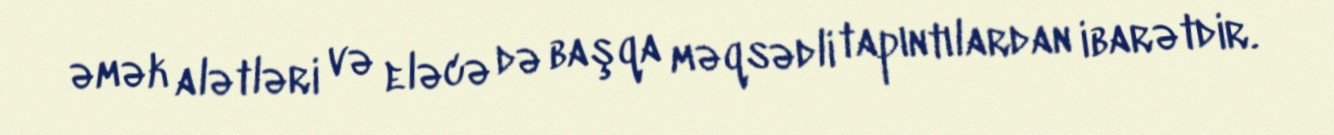
əmək alətləri və eləcə də başqa məqsədli tapıntılardan ibarətdir.